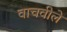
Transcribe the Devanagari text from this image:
वाचवीले